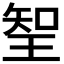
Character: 𭹖